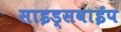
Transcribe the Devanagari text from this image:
साइड्सवाईप